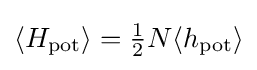
\langle H_{\text{pot}}\rangle ={\tfrac {1}{2}}N\langle h_{\mathrm {pot} }\rangle